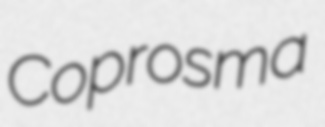
Coprosma